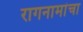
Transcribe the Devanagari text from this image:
रागनामांचा